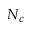
N _ { c }